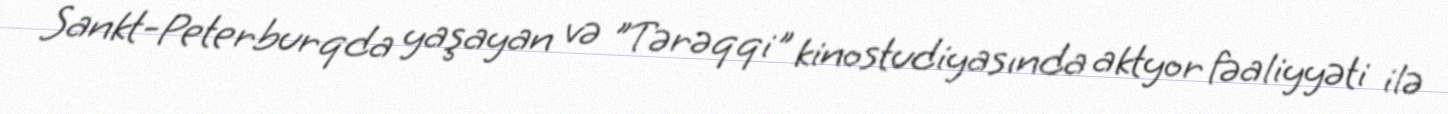
Sankt-Peterburqda yaşayan və "Tərəqqi" kinostudiyasında aktyor fəaliyyəti ilə